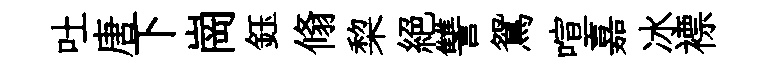
吐唐下崗鈺翛棃絕讐鴛喧嘉冰褾